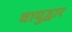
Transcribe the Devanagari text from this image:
वायुद्वार